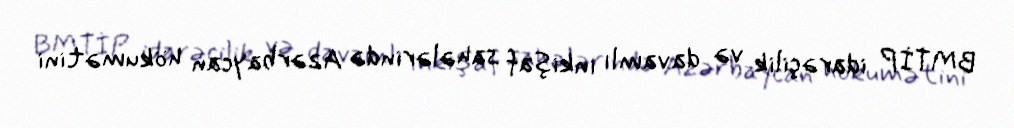
BMTİP idarəçilik və davamlı inkişaf sahələrində Azərbaycan hökumətini